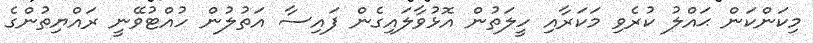
މިކަންކަން ޙައްލު ކުރެވި މަކަރާއި ހީލަތުން އޮޅުވާލައިގެން ފައިސާ އަތުލުން ހުއްޓުވޭނީ ރައްޔިތުންގެ